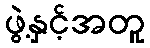
ဖွဲ့နှင့်အတူ